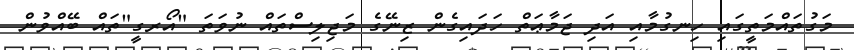
މަގުތައްމަތީގައި ހިނގުމާއި އަދި ޖަމާޢަތް ހަދައިގެން ޒިނޭގެ މަޖިލިސްތައް ނުވަތަ "އޯރގީ"ތައް ބޭއްވުން